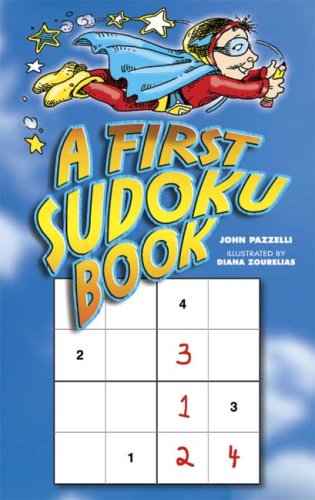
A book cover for A First Sudoku Book (Dover Children's Activity Books); John Pazzelli; Humor & Entertainment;